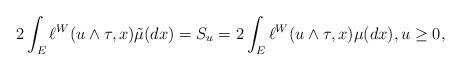
LaTeX: \begin{align*}2\int_E \ell^W(u\wedge \tau,x)\tilde{\mu}(dx)=S_u=2\int_E\ell ^W(u\wedge \tau ,x)\mu(dx),u\geq 0,\end{align*}